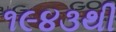
૧૯૪૩થી